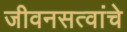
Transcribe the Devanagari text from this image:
जीवनसत्वांचे